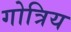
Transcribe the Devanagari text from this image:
गोत्रिय